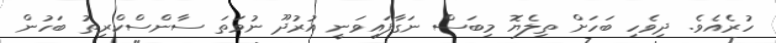
ހުރެއެވެ. ދިވެހި ބަހަށް ތިލެޔޮ މިބަސް ނަގާފައިވަނީ އުރުދޫ ނުވަތަ ސާންސްކްރިތު ބަހުން